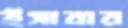
ইসাবার